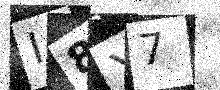
Text: I8X7